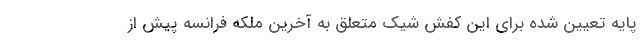
پایه تعیین شده برای این کفش شیک متعلق به آخرین ملکه فرانسه پیش از